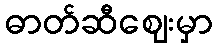
ဓာတ်ဆီဈေးမှာ